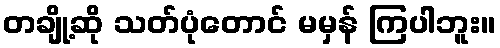
တချို့ဆို သတ်ပုံတောင် မမှန် ကြပါဘူး။